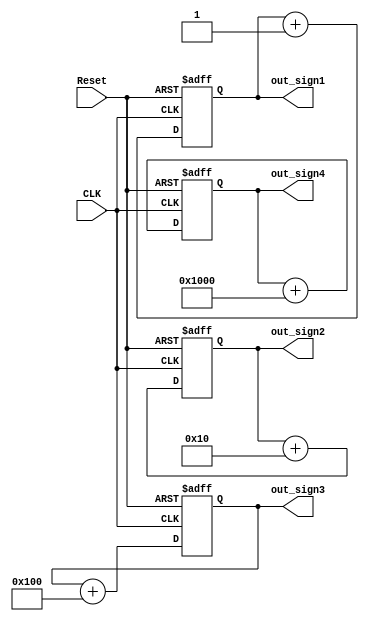

`timescale 1ns / 1ps

module test(
    input CLK, 
    input Reset,
    output [15:0] out_sign1,
    output [15:0] out_sign2,
    output [15:0] out_sign3,
    output [15:0] out_sign4
);

    reg [15:0] sign1 = 1;
    reg [15:0] sign2 = 1<<4;
    reg [15:0] sign3 = 1<<8;
    reg [15:0] sign4 = 1<<12;

    always@(posedge CLK or negedge Reset) begin 
        if (Reset == 0) begin
            sign1 = 1;
            sign2 = 1<<4;
            sign3 = 1<<8;
            sign4 = 1<<12;
        end
        else begin
            sign1 = sign1 + 1;
            sign2 = sign2 + (1<<4);
            sign3 = sign3 + (1<<8);
            sign4 = sign4 + (1<<12);
        end

    end

    assign out_sign1 = sign1;
    assign out_sign2 = sign2;
    assign out_sign3 = sign3;
    assign out_sign4 = sign4;


endmodule